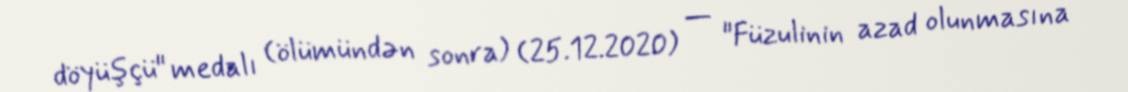
döyüşçü" medalı (ölümündən sonra) (25.12.2020) — "Füzulinin azad olunmasına